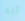
أنه